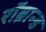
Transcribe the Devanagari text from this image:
रॉब्रान्ड